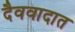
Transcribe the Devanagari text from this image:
दैववादात